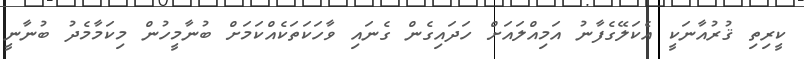
ކީރިތި ޤުރުއާނަކީ އެކަލޭގެފާނު އަމިއްލައަށް ހަދައިގެން ގެނައި ވާހަކަތަކެއްކަމަށް ބުނާމީހުން މިކަމާމެދު ބުނާނީ